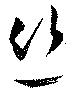
糸